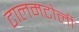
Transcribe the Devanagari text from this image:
टालमटोली